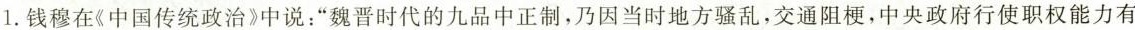
1.钱穆在《中国传统政治》中说：”魏晋时代的九品中正制，乃因当时地方骚乱，交通阻梗，中央政府行使职权能力有